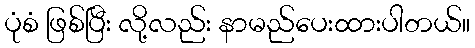
ပုံစံ ဖြစ်ပြီး လို့လည်း နာမည်ပေးထားပါတယ်။